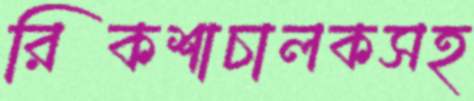
রিকশাচালকসহ